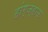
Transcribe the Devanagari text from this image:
हांग्ज्हाऊ